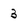
Character: 3